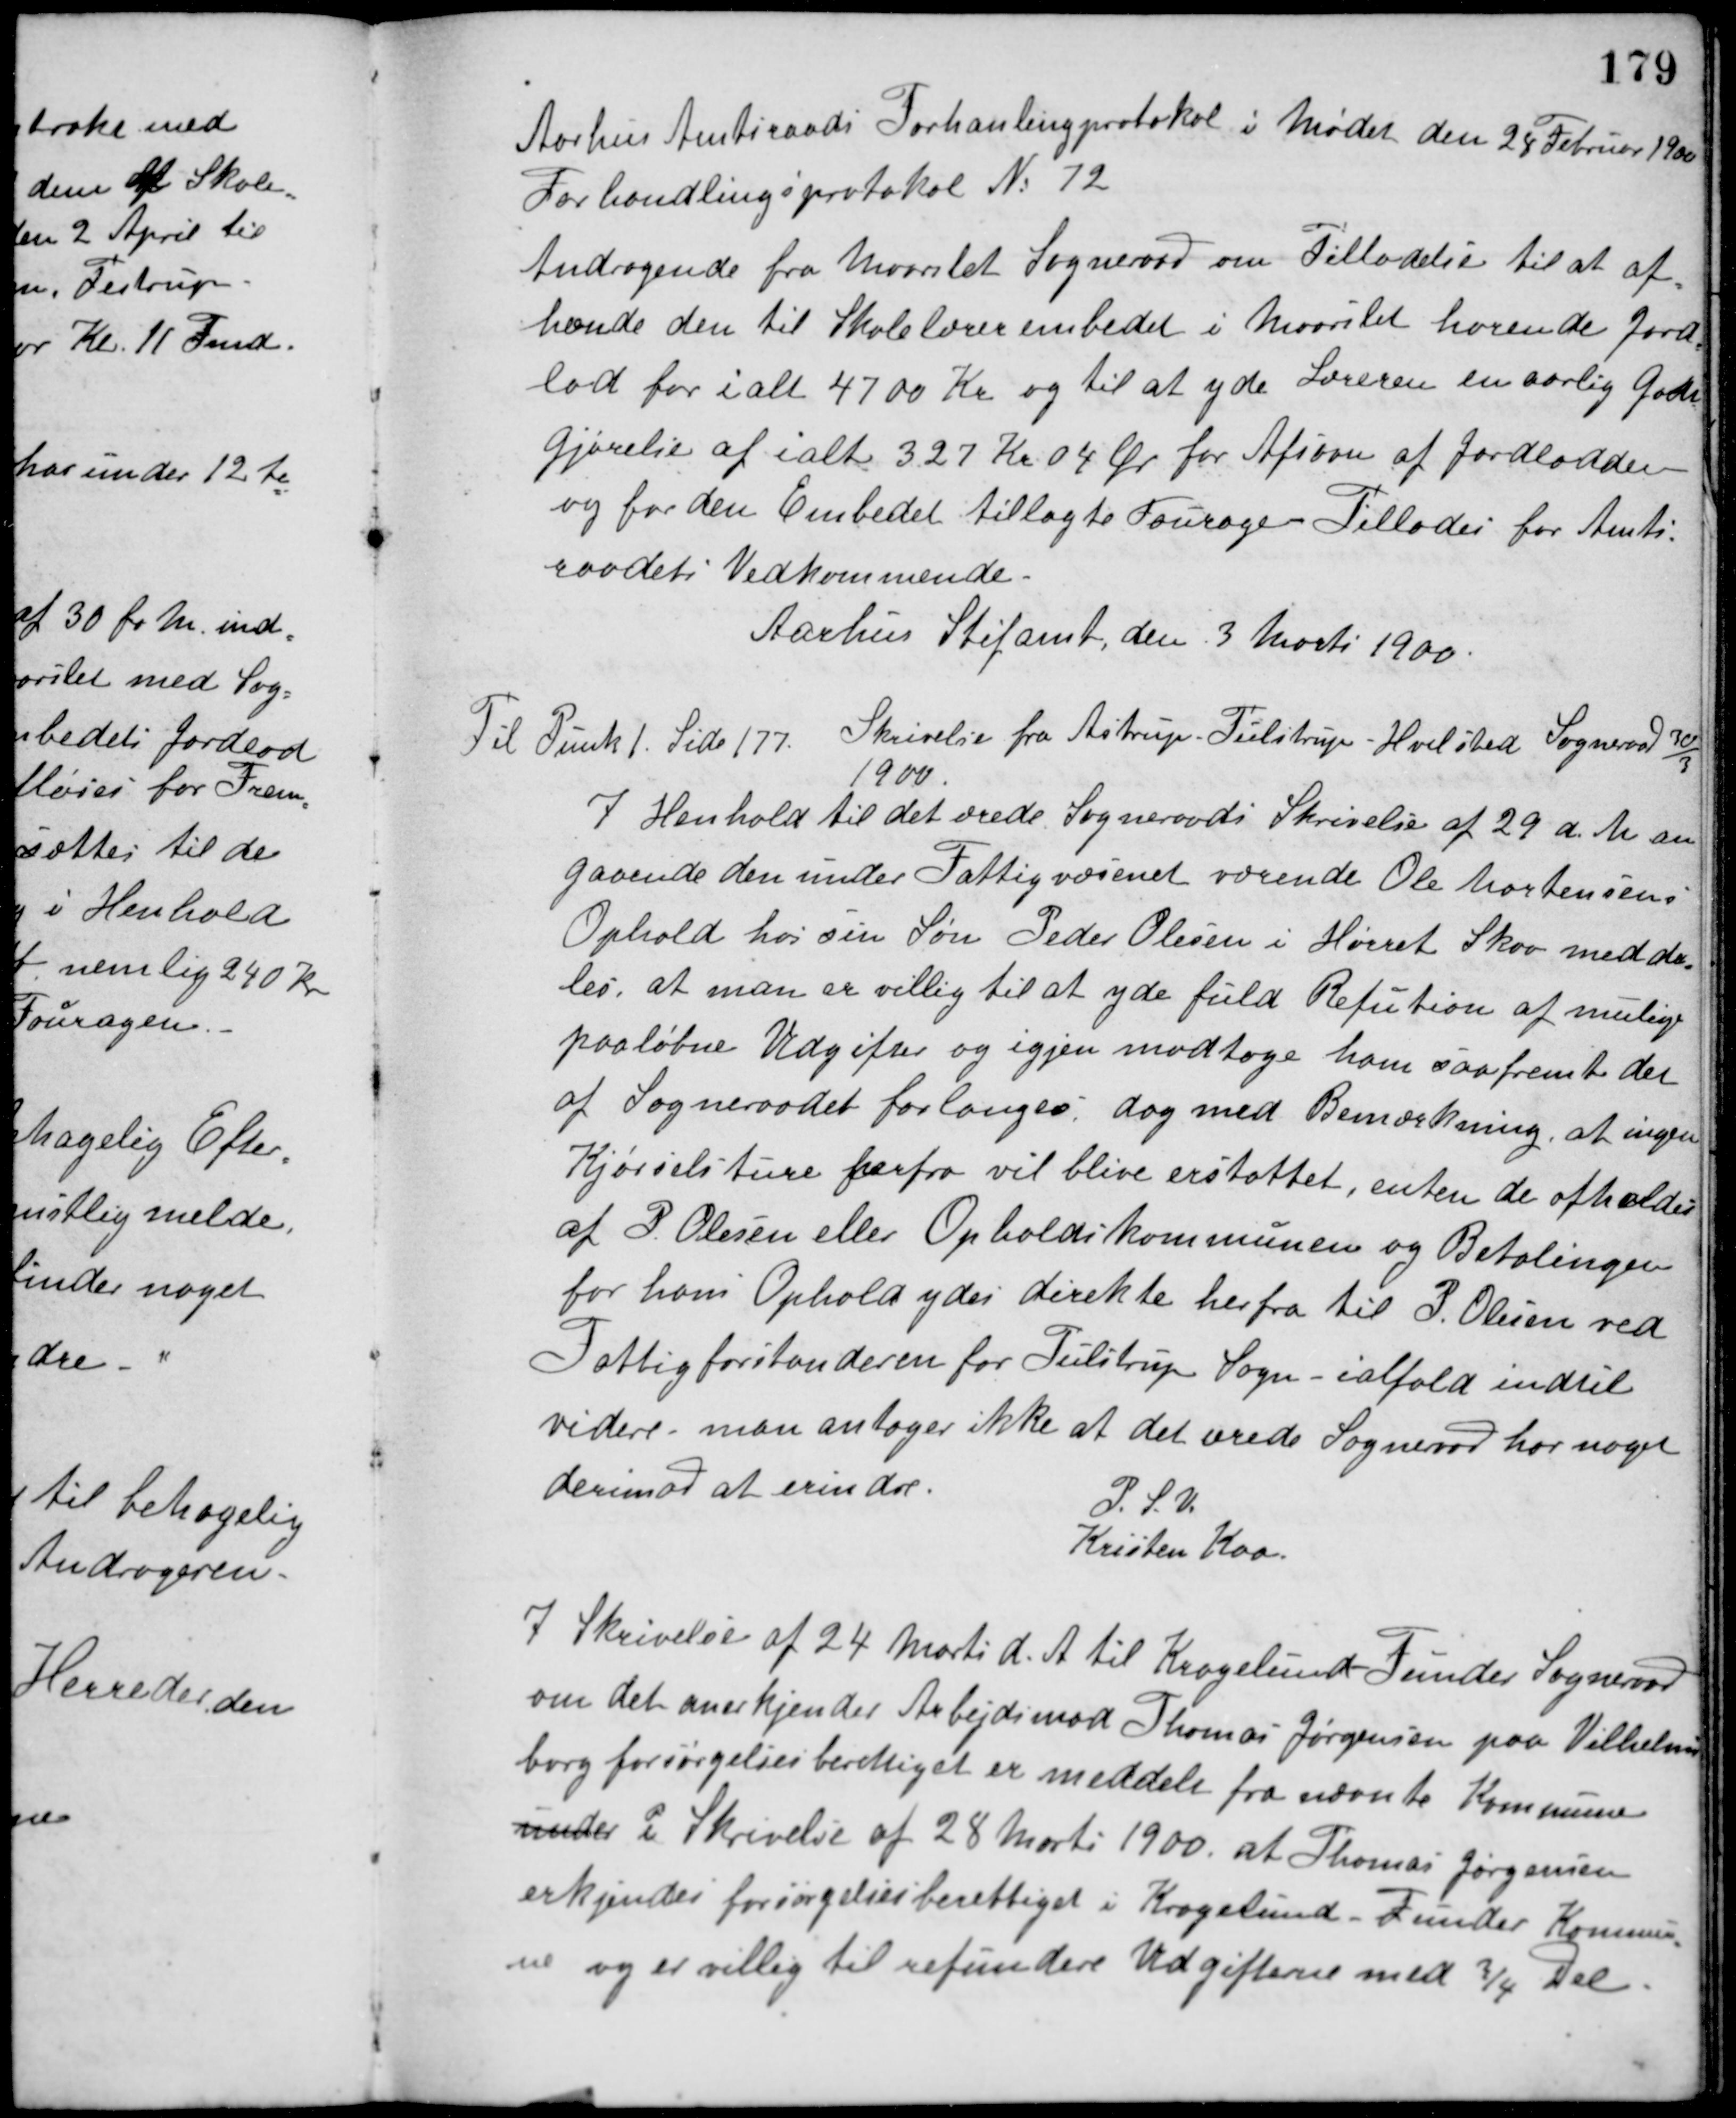
Transskription:
Aarhus Amtsraads Forhanlingsprotokol i Mødet den 24 Februar 1900
Forhandlingsprotokol No 72
Andragende fra Maarslet Sogneraad om Tilladelse til at af-
hænde den til Skolelærerembedet i Maarslet hørende Jord-
lod for i alt 4700 Kr. og til at yde Læreren en aarlig Godt-
gjørelse af ialt 327 Kr. 04 Øre for Afsavn af Jordlodden
og for den Embedet tillagte Fourage Tillades for Amts-
raadets Vedkommende.
Aarhus Stifamt, den 3 Marts 1900.
Til Punk 1 Side 177. Skrivelse fra Aistrup-Tulstrup-Hvilsted Sogneraad 30/3
1900.
I Henhold til det ærede Sogneraads Skrivelse af 29 d. M. an-
gaaende den under Fattigvæsenet værende Ole Mortensens
Ophold hos sin Søn Peder Olesen i Hørret Skov medde-
les, at man er villig til at yde fuld Refution af mulige
paaløbne Udgifter og igjen modtage ham saafremt det
af Sogneraadet forlanges, dog med Bemærkning, at ingen
Kjørselsture herfra vil blive erstattet, enten de afholdes
af P. Olesen eller Opholdskommunen og Betalingen
for hans Ophold ydes direkte herfra til P. Olesen ved
Fattigforstanderen for Tulstrup Sogn - ialfald indtil
videre. man antager ikke at det ærede Sogneraad har noget
derimod at erindre.
P. S. V.
Kristen Kaa
I Skrivelse af 24 Marts d. A. til Kragelund-Funder Sogneraad
om det anerkjender Arbejdsmad Thomas Jørgensen paa Vilhelms-
borg forsørgelsesberettiget er meddelt fra nævnte Kommune
under i Skrivelse af 28 Marts 1900, at Thomas Jørgensen
erkjendes forsørgelsesberettiget i Kragelund-Funder Kommu-
ne og er villig til refundere Udgifterne med 3/4 Del.